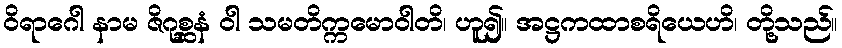
ဝိရာဂေါ နာမ ဇိဂုစ္ဆနံ ဝါ သမတိက္ကမောဝါတိ၊ ဟူ၍။ အဋ္ဌကထာစရိယေဟိ၊ တို့သည်။